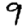
Digit: 9